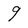
Character: 9